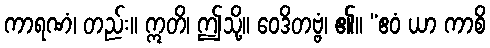
ကာရဏံ၊ တည်း။ ဣတိ၊ ဤသို့။ ဝေဒိတဗ္ဗံ၊ ၏။ “ဧဝံ ယာ ကာစိ